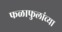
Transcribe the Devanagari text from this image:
फळाफुलांच्या